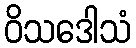
ဝိသဒေါသံ